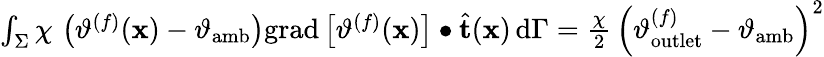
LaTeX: \begin{array}{r}{\int_{\Sigma}\chi\, \left(\vartheta^{(f)}(\mathbf{x})-\vartheta_{\mathrm{amb}}\right)\mathrm{grad}\left[\vartheta^{(f)}(\mathbf{x})\right]\bullet\widehat{\mathbf{t}}(\mathbf{x})\, \mathrm{d}\Gamma=\frac{\chi}{2}\, \left(\vartheta_{\mathrm{outlet}}^{(f)}-\vartheta_{\mathrm{amb}}\right)^{2}}\end{array}